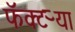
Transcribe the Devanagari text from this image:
फॅक्टऱ्या